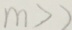
m > )